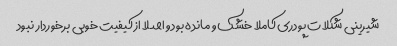
شیرینی شکلات پودری کاملا خشک و مانده بود و اصلا از کیفیت خوبی برخوردار نبود